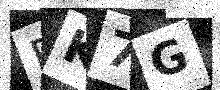
Text: FK7G